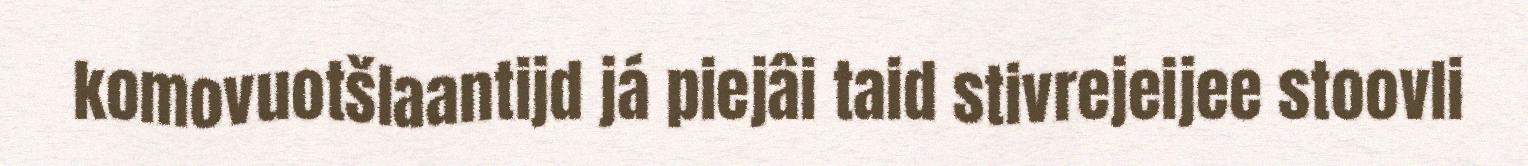
komovuotšlaantijd já piejâi taid stivrejeijee stoovli